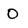
Character: O